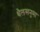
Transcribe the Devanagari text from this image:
थैलसनुमा